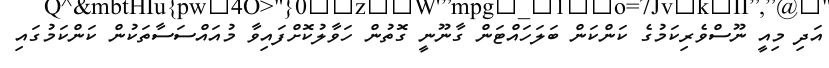
އަދި މިއީ ނޫސްވެރިކަމުގެ ކަންކަން ބަލަހައްޓަން ގާނޫނީ ގޮތުން ހަވާލުކޮށްފައިވާ މުއައްސަސާތަކުން ކަންކަމުގައި